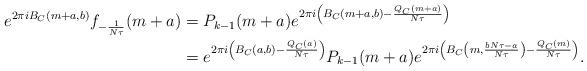
LaTeX: \begin{align*}e^{2 \pi i B_{C}(m+a, b)} f_{-\frac{1}{N\tau}}(m+a) &= P_{k-1}(m+a) e^{2 \pi i \left(B_{C}(m+a,b) - \frac{Q_{C}(m+a)}{N\tau} \right)} \\&= e^{2 \pi i \left(B_{C}(a,b) - \frac{Q_{C}(a)}{N\tau} \right)} P_{k-1}(m+a) e^{2 \pi i \left(B_{C} \left(m, \frac{bN\tau -a}{N\tau} \right) - \frac{Q_{C}(m)}{N\tau} \right)}.\end{align*}